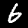
Digit: 6